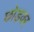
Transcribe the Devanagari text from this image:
छोड़वर